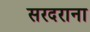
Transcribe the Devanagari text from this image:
सरदराना